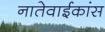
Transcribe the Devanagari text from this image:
नातेवाईकांस